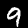
Label: 9